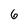
Character: 6